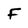
Character: F